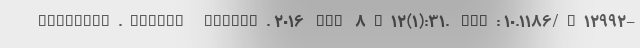
iplomacy.Global Health. 2016 Jun 8;12(1):31. doi: 10.1186/s12992-